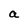
Character: a